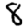
Digit: 8